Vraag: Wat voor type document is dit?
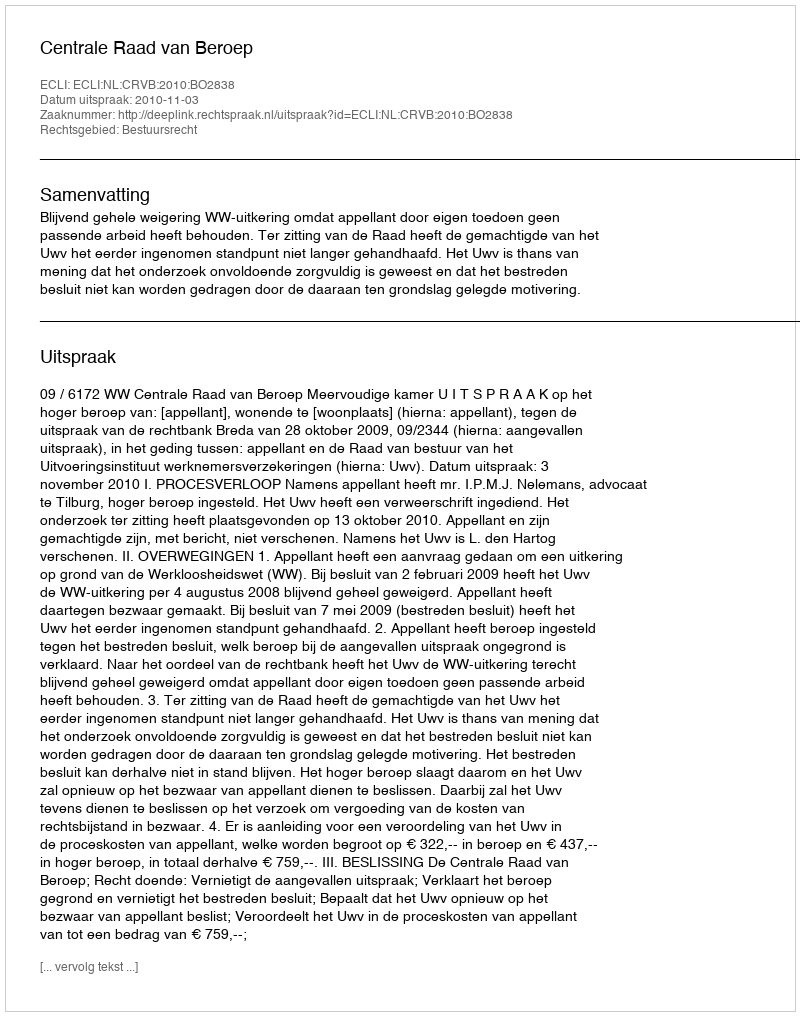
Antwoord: Uitspraak